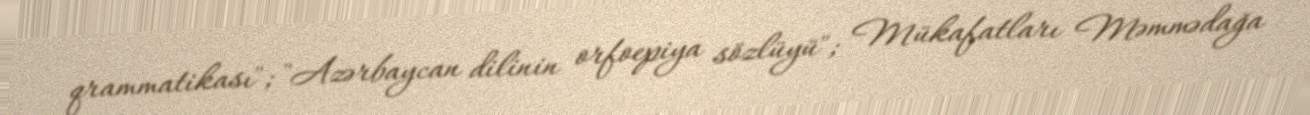
qrammatikası"; "Azərbaycan dilinin orfoepiya sözlüyü"; Mükafatları Məmmədağa